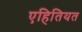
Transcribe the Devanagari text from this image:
एहितियत